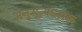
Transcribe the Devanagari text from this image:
अनुभूत्यात्मक